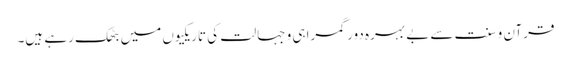
قرآن و سنت سے بے بہرہ دور گمراہی و جہالت کی تاریکیوں میں بٹھک رہے ہیں۔